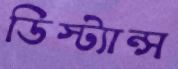
ডিস্ট্যান্স